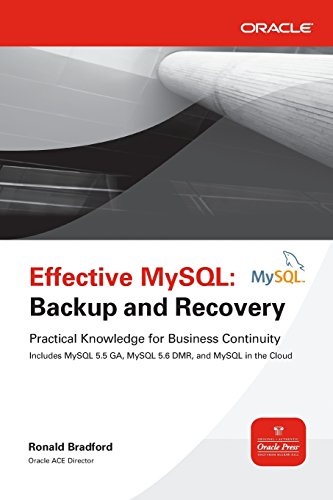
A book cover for Effective MySQL Backup and Recovery (Oracle Press); Ronald Bradford; Computers & Technology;